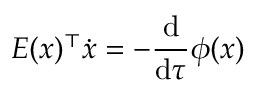
E ( x ) ^ { \top } \dot { x } = - \frac { \mathrm { d } } { \mathrm { d } \tau } \phi ( x )